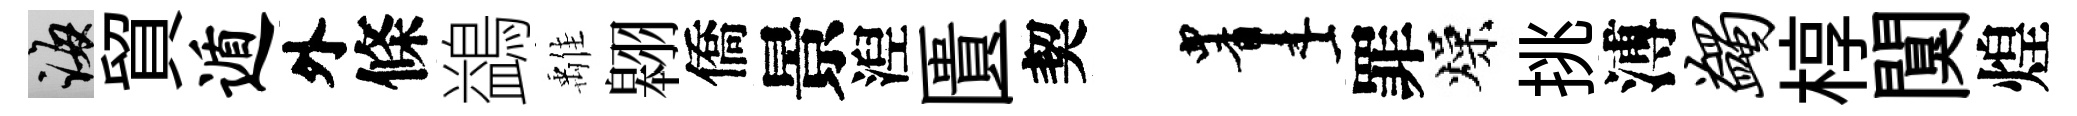
誨貿遁外條鷁𩀌翱僑景湼匱契画罪燥挑溥蠲椁闃煌